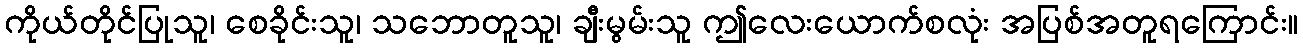
ကိုယ်တိုင်ပြုသူ၊ စေခိုင်းသူ၊ သဘောတူသူ၊ ချီးမွမ်းသူ ဤလေးယောက်စလုံး အပြစ်အတူရကြောင်း။